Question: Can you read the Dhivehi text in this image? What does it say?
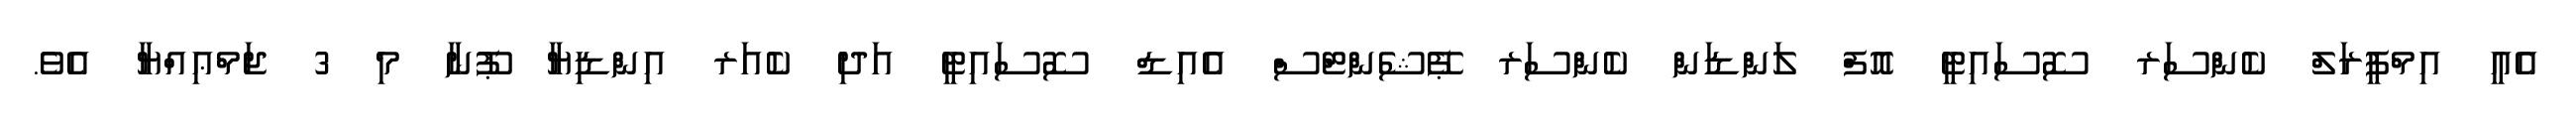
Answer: އެއީ އިމްޕީރަލް ކެންސަރ ސޮސައިޓީ އޮފް ލަންޑަން ކެންސަރ ޕޭޝެންޓްސް އެއިޑް ސޮސައިޓީ އަދި ކެއަރ އިންޑިޔާ ޕޫނާ މި 3 ޖަމްޢިއްޔާ އެވެ.